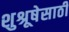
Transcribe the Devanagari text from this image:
शुश्रूषेसाठी